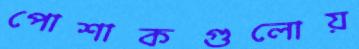
পোশাকগুলোয়